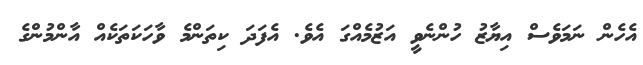
އެހެން ނަމަވެސް އިޔާޒު ހުންނެވީ އަޒުމެއްގަ އެވެ. އެފަދަ ކިތަންމެ ވާހަކަތަކެއް އާންމުންގެ